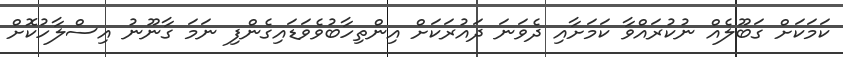
ކަމަކަށް ގަބޫލެއް ނުކުރައްވާ ކަމަށާއި ދެވަނަ ދައުރަކަށް އިންތިހާބުވެވަޑައިގެންފި ނަމަ ގާނޫނު އިސްލާހުކޮށް